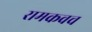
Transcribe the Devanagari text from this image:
रामकवच